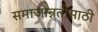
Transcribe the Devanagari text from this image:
समाजोन्नतीसाठी